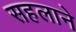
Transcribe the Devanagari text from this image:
सहलाने